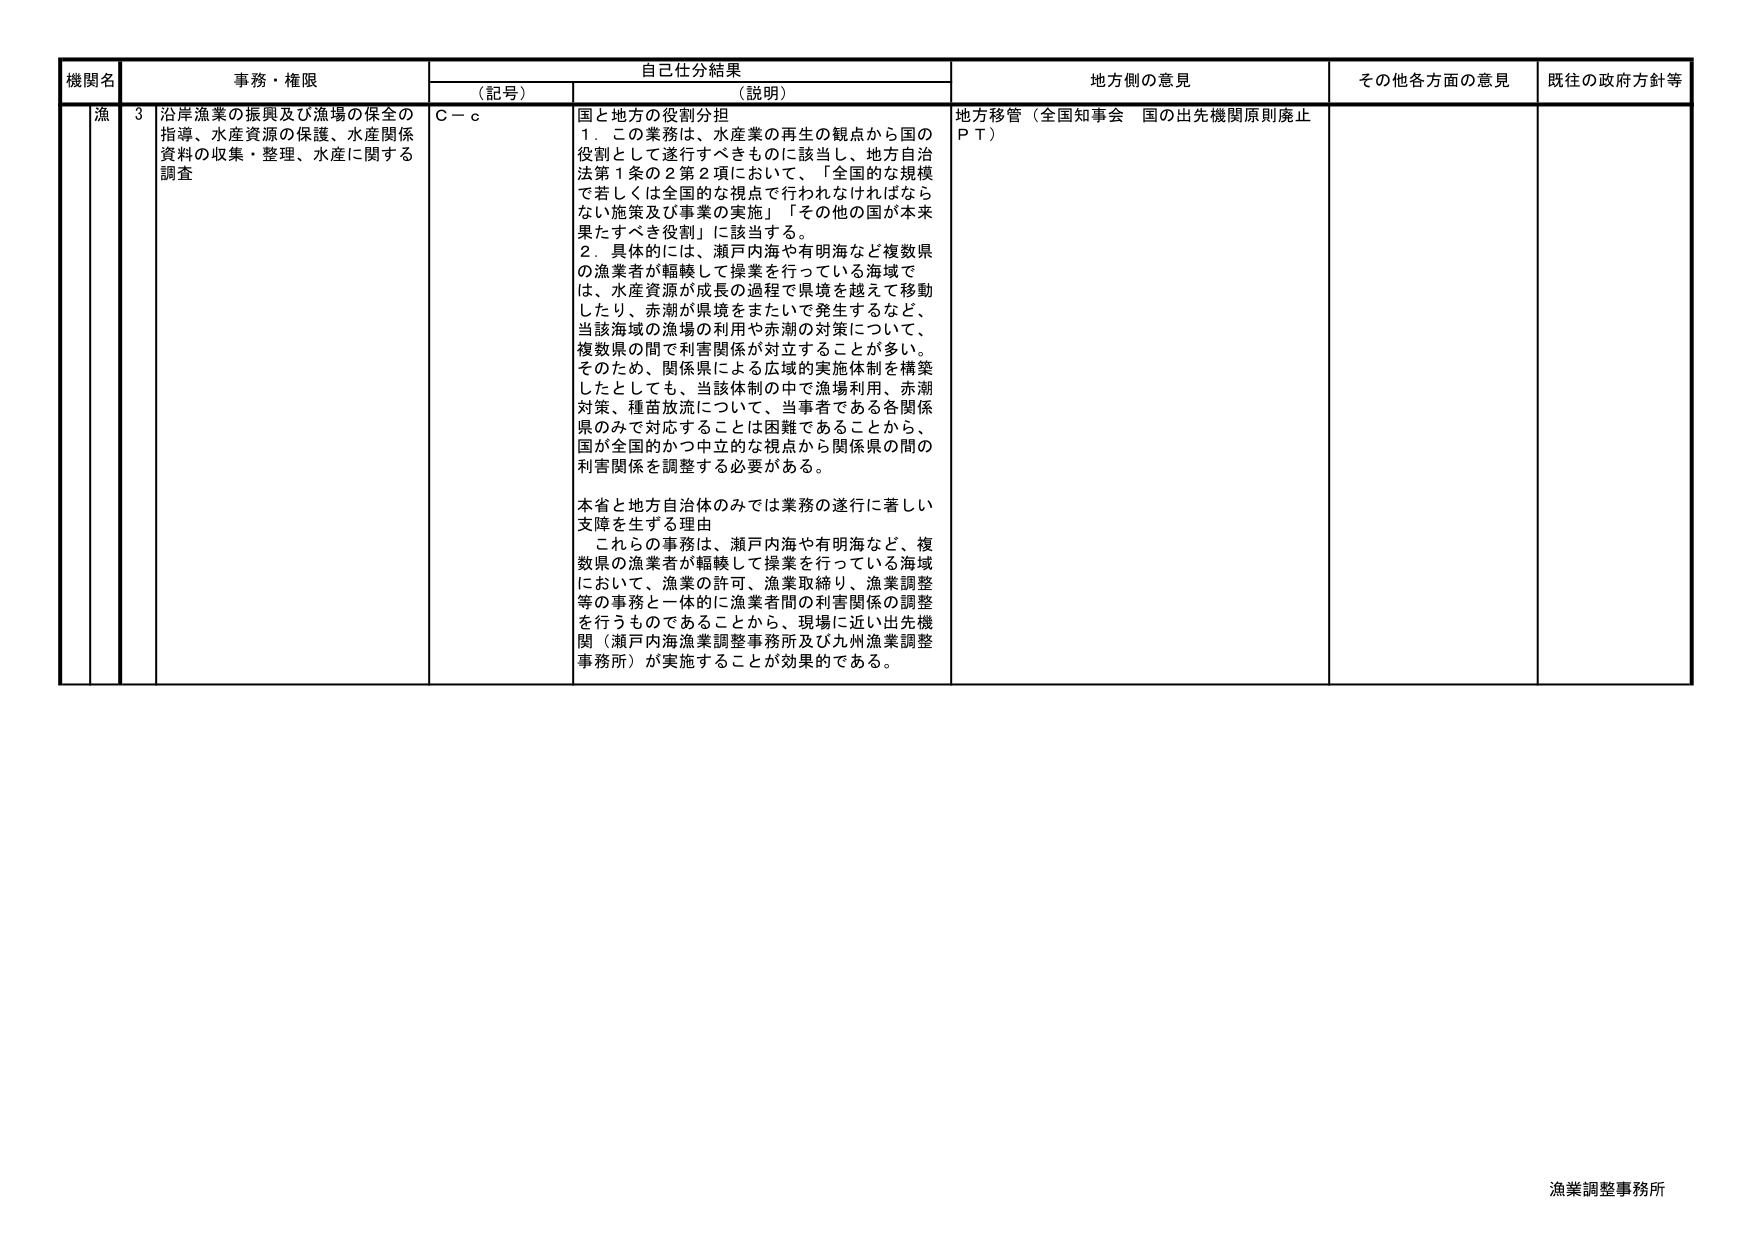
機関名 事務・権限 自己仕分結果 地方側の意見 その他各方面の意見 既往の政府方針等
（記号） （説明）
漁 3 沿岸漁業の振興及び漁場の保全の指導、水産資源の保護、水産関係資料の収集・整理、水産に関する調査 C－c 国と地方の役割分担 1．この業務は、水産業の再生の観点から国の役割として遂行すべきものに該当し、地方自治法第1条の2第2項において、「全国的な規模で若しくは全国的な視点で行われなければならない施策及び事業の実施」「その他の国が本来果たすべき役割」に該当する。 2．具体的には、瀬戸内海や有明海など複数県の漁業者が輻輳して操業を行っている海域では、水産資源が成長の過程で県境を越えて移動したり、赤潮が県境をまたいで発生するなど、当該海域の漁場の利用や赤潮の対策について、複数県の間で利害関係が対立することが多い。そのため、関係県による広域の実施体制を構築したとしても、当該体制の中で漁場利用、赤潮対策、種苗放流について、当事者である各関係県のみで対応することは困難であることから、国が全国的かつ中立的な視点から関係県の間の利害関係を調整する必要がある。 本省と地方自治体のみでは業務の遂行に著しい支障を生ずる理由 これらの事務は、瀬戸内海や有明海など、複数県の漁業者が輻輳して操業を行っている海域において、漁業の許可、漁業取締り、漁業調整等の事務と一体的に漁業者間の利害関係の調整を行うものであることから、現場に近い出先機関（瀬戸内海漁業調整事務所及び九州漁業調整事務所）が実施することが効果的である。 地方移管（全国知事会 国の出先機関原則廃止ＰＴ） 漁業調整事務所